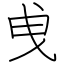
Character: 曵